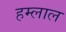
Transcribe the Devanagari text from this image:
हम्लाल